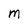
Character: M